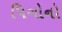
પિગોનો